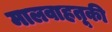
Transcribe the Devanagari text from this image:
मालवाहतूकी